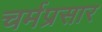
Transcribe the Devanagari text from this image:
चर्मप्रसार